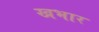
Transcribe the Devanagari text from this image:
खभार